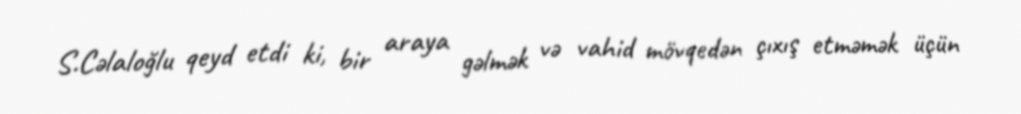
S.Cəlaloğlu qeyd etdi ki, bir araya gəlmək və vahid mövqedən çıxış etməmək üçün